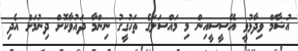
އުޝާމް ވިދާޅުވީ އޭސީސީއިން މި މައްސަލަގެ ތަހުގީގު ނިންމާ ދައުވާކޮށް ދިނުމަށް އެދި